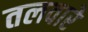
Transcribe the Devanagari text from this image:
तलवारे